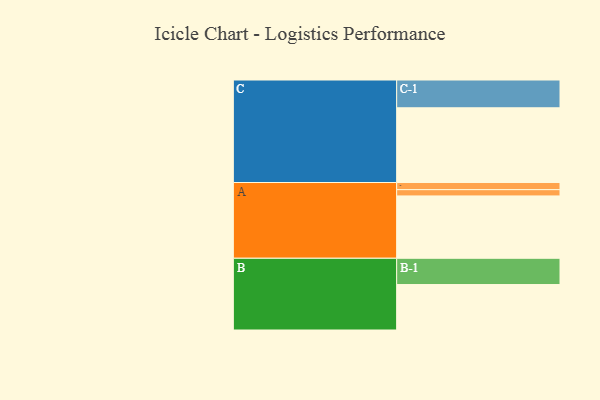
{"axis": {"x": "Segment", "y": "Value"}, "legend": ["", "A", "B", "C"], "data": [{"x": "A", "y": 498, "type": ""}, {"x": "B", "y": 363, "type": ""}, {"x": "C", "y": 597, "type": ""}, {"x": "A-1", "y": 57, "type": "A"}, {"x": "A-2", "y": 50, "type": "A"}, {"x": "B-1", "y": 210, "type": "B"}, {"x": "C-1", "y": 222, "type": "C"}]}